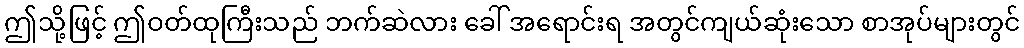
ဤသို့ဖြင့် ဤဝတ်ထုကြီးသည် ဘက်ဆဲလား ခေါ် အရောင်းရ အတွင်ကျယ်ဆုံးသော စာအုပ်များတွင်